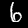
Digit: 6